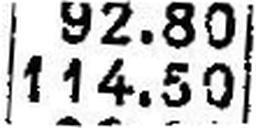
114.50